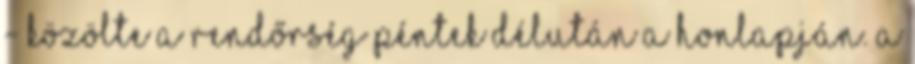
- közölte a rendőrség péntek délután a honlapján. A